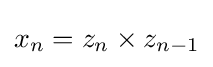
x_{n}=z_{n}\times z_{n-1}